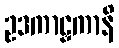
ဥဒကာဠှကာနိ